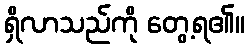
ရှိလာသည်ကို တွေ့ရ၏။